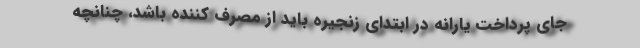
جای پرداخت یارانه در ابتدای زنجیره باید از مصرف کننده باشد، چنانچه